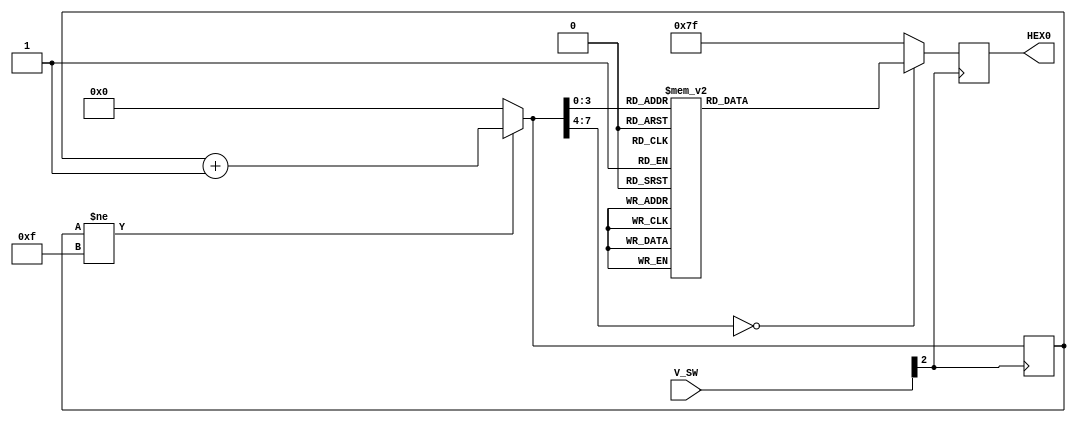
module seg7(V_SW,HEX0);
input [0:2] V_SW;
output reg [0:6] HEX0;
reg  [0:7] tem = 8'D0;
always @ (posedge V_SW[0])
begin
if(tem!=8'D15)
tem=tem+1;
else
tem=8'D0;
case( tem)
        8'D0:  HEX0 = 7'B0000001;
        8'D1:  HEX0 = 7'B1001111;
        8'D2:  HEX0 = 7'B0010010;
        8'D3:  HEX0 = 7'B0000110;
        8'D4:  HEX0 = 7'B1001100;
        8'D5:  HEX0 = 7'B0100100;
        8'D6:  HEX0 = 7'B0100000;
        8'D7:  HEX0 = 7'B0001111;
        8'D8:  HEX0 = 7'B0000000;
        8'D9:  HEX0 = 7'B0000100;
        8'D10: HEX0 = 7'B0001000;
        8'D11: HEX0 = 7'B1100000;
        8'D12: HEX0 = 7'B0110001;
        8'D13: HEX0 = 7'B1000010;
        8'D14: HEX0 = 7'B0110000;
        8'D15: HEX0 = 7'B0111000;
        default: HEX0 = 7'B1111111;
    endcase
end
endmodule